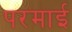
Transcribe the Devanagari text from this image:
परमाई